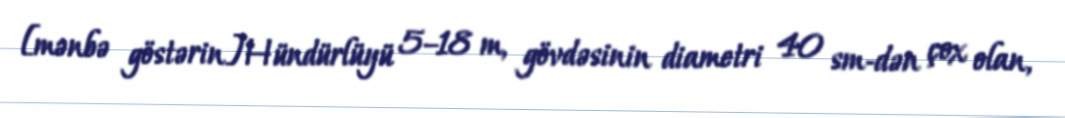
[mənbə göstərin]Hündürlüyü 5–18 m, gövdəsinin diametri 40 sm-dən çox olan,